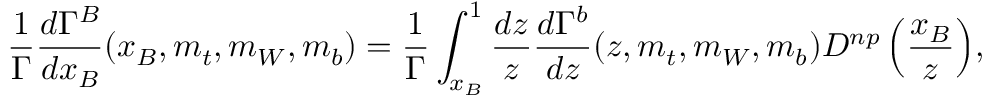
{ \frac { 1 } { \Gamma } } { \frac { d \Gamma ^ { B } } { d x _ { B } } } ( x _ { B } , m _ { t } , m _ { W } , m _ { b } ) = { \frac { 1 } { \Gamma } } \int _ { x _ { B } } ^ { 1 } { { \frac { d z } { z } } { \frac { d \Gamma ^ { b } } { d z } } ( z , m _ { t } , m _ { W } , m _ { b } ) D ^ { n p } \left( { \frac { x _ { B } } { z } } \right) } ,